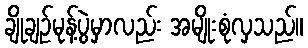
ချိုချဉ်မုန့်ပွဲမှာလည်း အမျိုးစုံလှသည်။